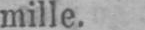
mille.